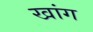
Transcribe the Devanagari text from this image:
खांग